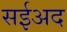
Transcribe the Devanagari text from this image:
सईअद